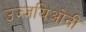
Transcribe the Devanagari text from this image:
उज्जयिओनी